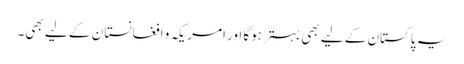
یہ پاکستان کے لیے بھی بہترہوگا اور امریکہ و افغانستا ن کے لیے بھی۔